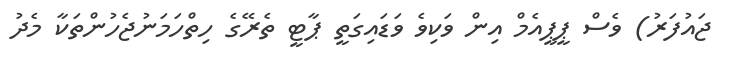
ޖައުފަރު) ވެސް ޕީޕީއެމް އިން ވަކިވެ ވަޑައިގަތީ ޕާޓީ ތެރޭގެ ހިތްހަމަނުޖެހުންތަކާ މެދު